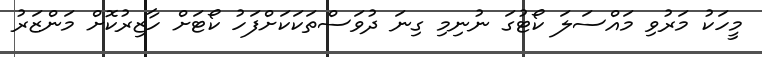
މީހަކު މަރުވި މައްސަލަ ކޯޓުގަ ނުނިމި ގިނަ ދުވަސްތަކަކަށްފަހު ކޯޓަށް ހާޒިރުކޮށް މަންޒަރު